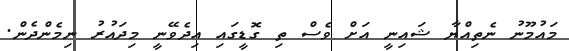
މައުމޫނު ނެތިއްޔާ ޝައިނީ އަށް ވެސް ތި ގޮޑީގައި އިދެވޭނީ މިދައުރު ނިމެންދެން.